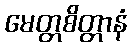
မေတ္တစိတ္တာနံ